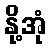
နို့အုံ